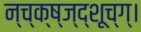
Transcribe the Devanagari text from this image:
न्च्क्ष्ज्द्शूच्ग्।